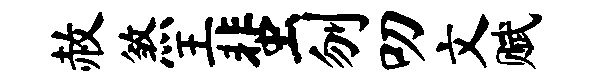
赦煞王蜚刎叨文赋